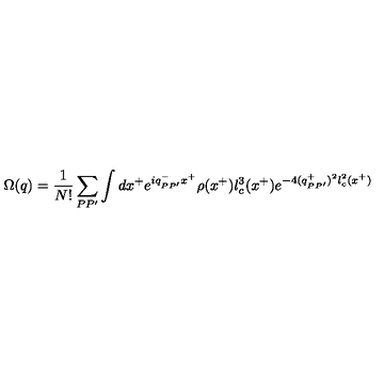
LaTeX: \Omega ( q ) = \frac 1 { N ! } \sum _ { P P ^ { \prime } } \int d x ^ { + } e ^ { i q _ { P P ^ { \prime } } ^ { - } x ^ { + } } \rho ( x ^ { + } ) l _ { c } ^ { 3 } ( x ^ { + } ) e ^ { - 4 ( q _ { P P ^ { \prime } } ^ { + } ) ^ { 2 } l _ { c } ^ { 2 } ( x ^ { + } ) }